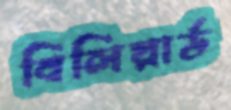
বিলিয়ার্ড